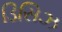
ડિસિઝ